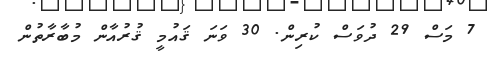
7 މަސް 29 ދުވަސް ކުރިން. 30 ވަނަ ޤައުމީ ޤުރުއާން މުބާރާތުން